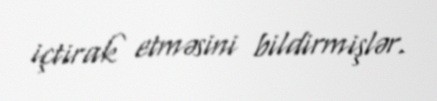
içtirak etməsini bildirmişlər.